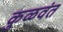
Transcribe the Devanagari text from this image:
कुळवंत